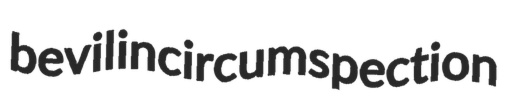
bevil incircumspection